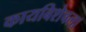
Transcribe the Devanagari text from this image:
कायबिशेवला